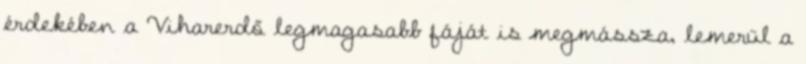
érdekében a Viharerdő legmagasabb fáját is megmássza, lemerül a